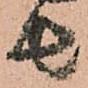
由